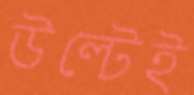
উল্টেই